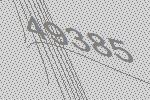
49385